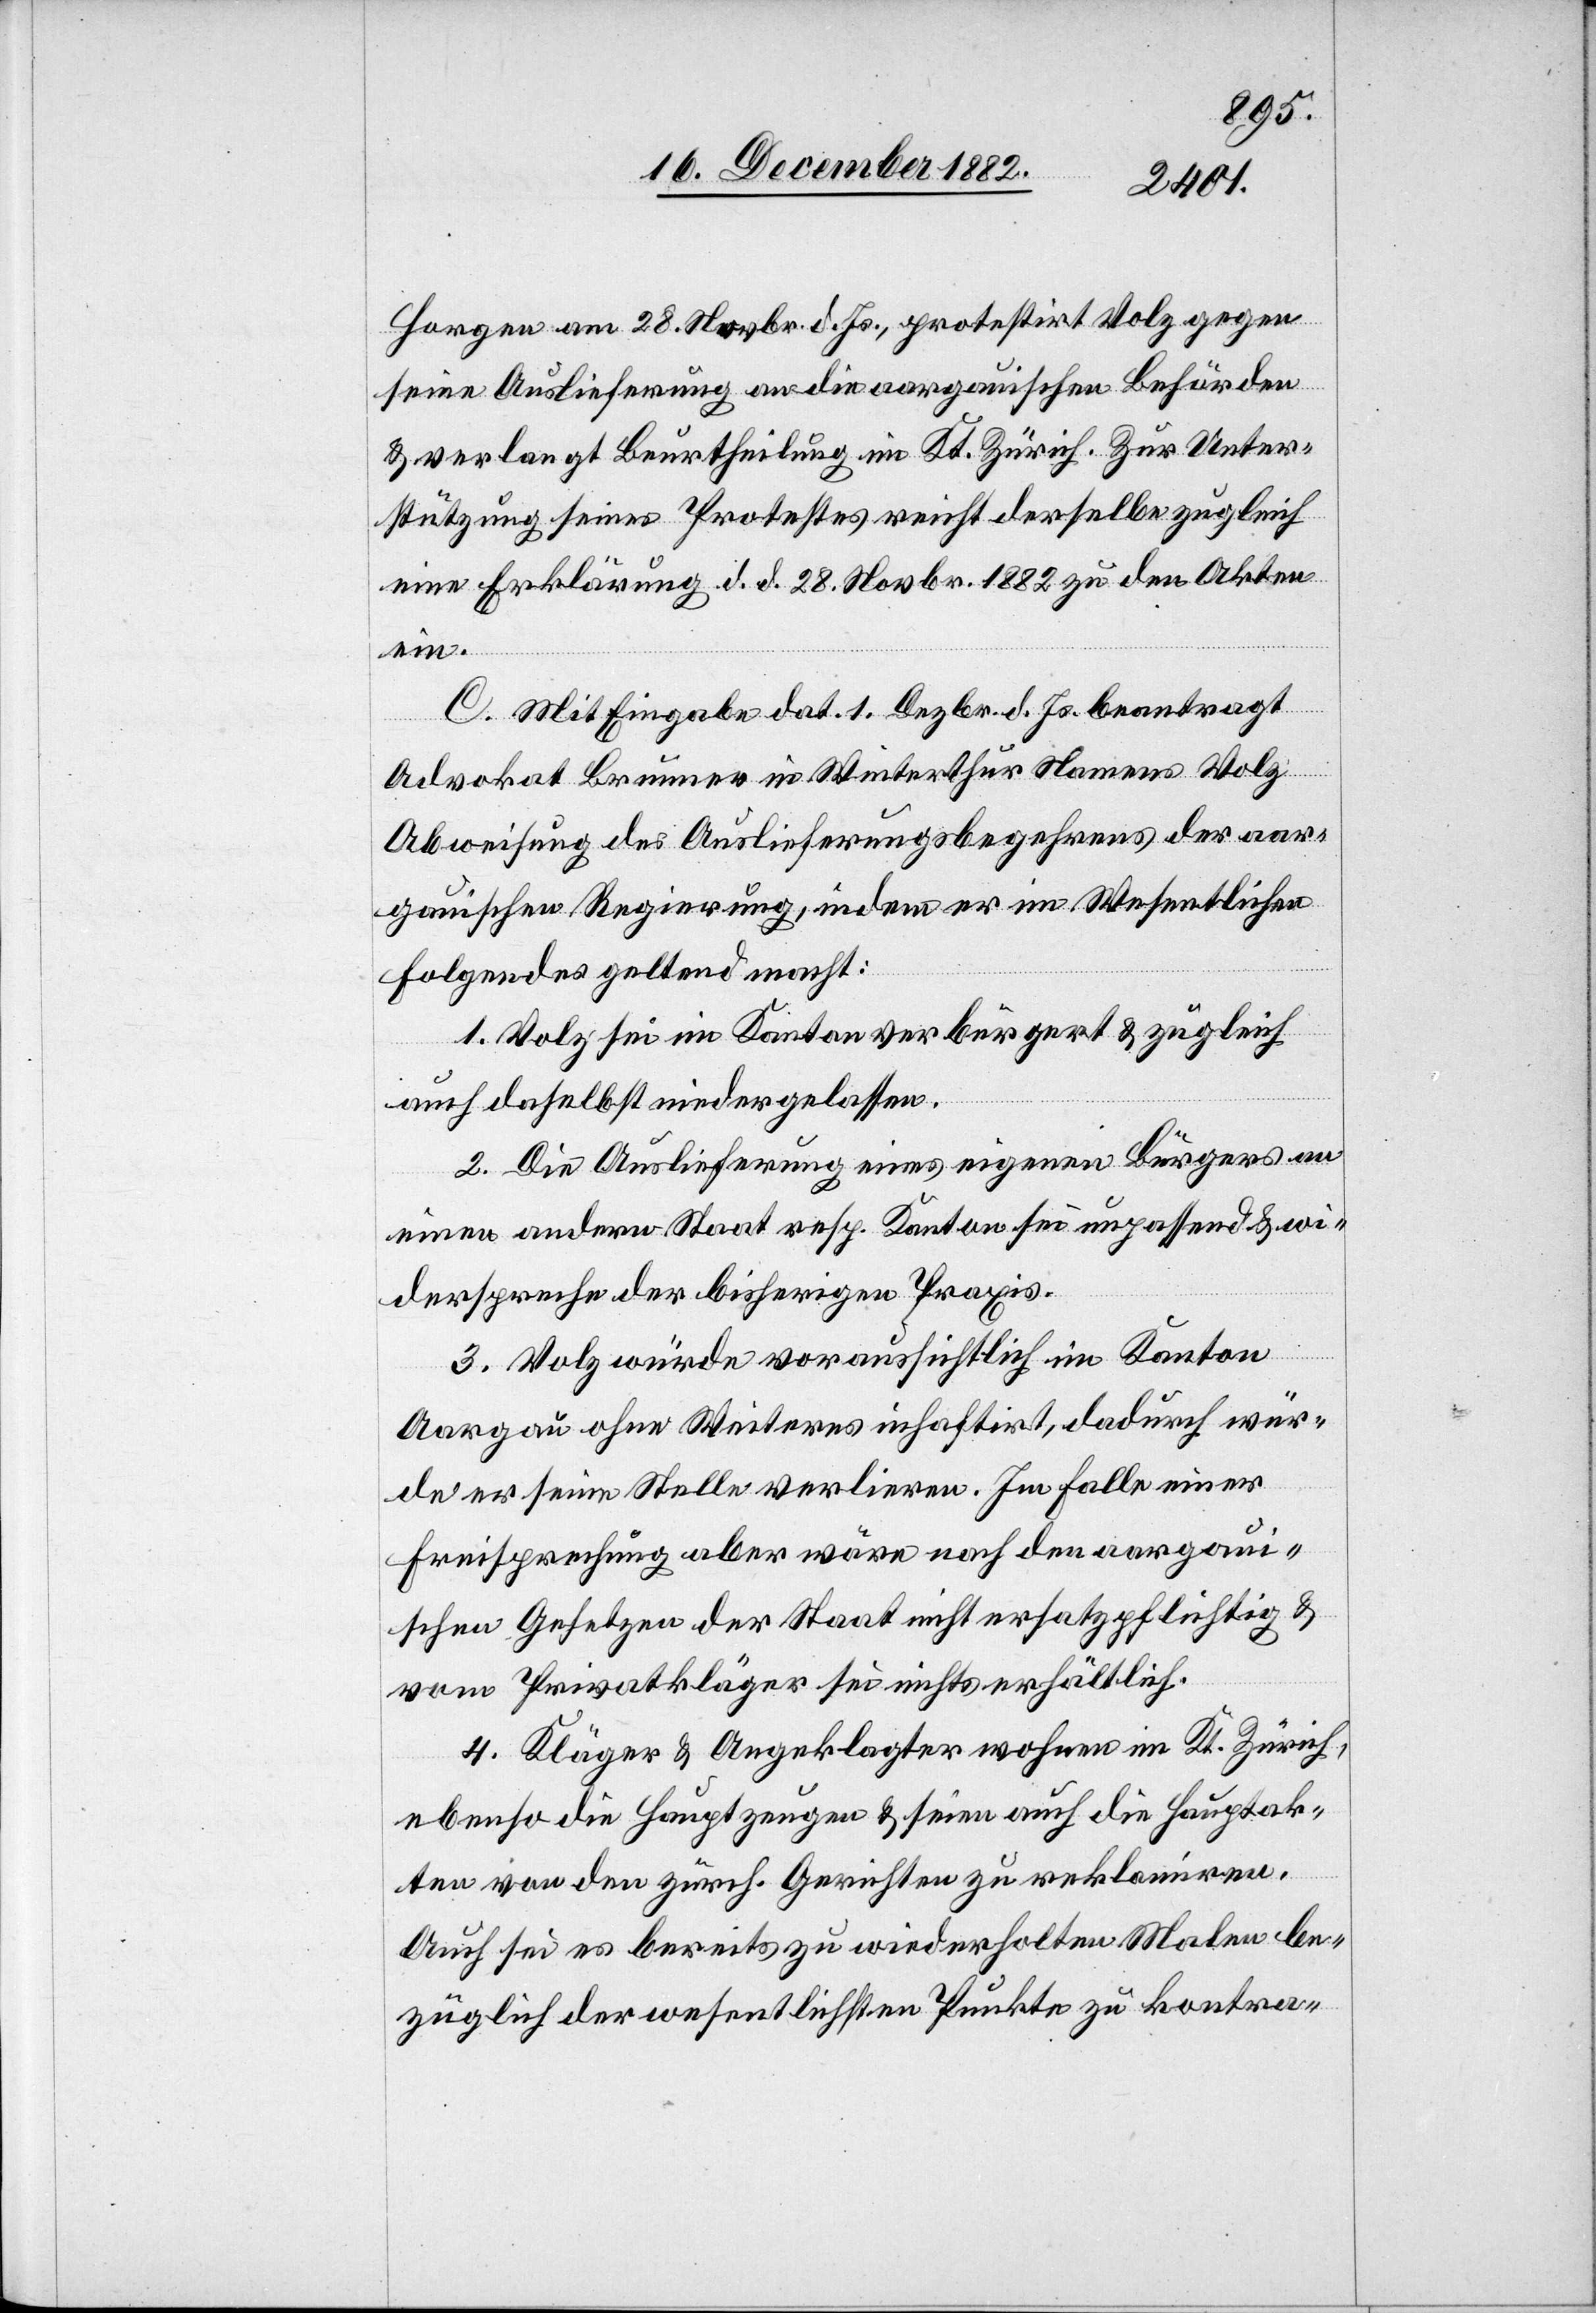
Horgen am 28. Novbr. d. Js., protestirt Volz gegen
seine Auslieferung an die aargauischen Behörden
& verlangt Beurtheilung im Kt. Zürich. Zur Unter¬
stützung seines Protestes reicht derselbe zugleich
eine Erklärung d. d. 28. Novbr. 1882 zu den Akten
ein.
C. Mit Eingabe dat. 1. Dezbr. d. Js. beantragt
Advokat Brunner in Winterthur Namens Volz
Abweisung des Auslieferungsbegehrens der aar¬
gauischen Regierung, indem er im Wesentlichen
Folgendes geltend macht:
1. Volz sei im Kanton verbürgert & zugleich
auch daselbst niedergelassen.
2. Die Auslieferung eines eigenen Bürgers an
einen andern Staats resp. Kanton sei unpassend & wi¬
derspreche der bisherigen Praxis.
3. Volz würde voraussichtlich im Kanton
Aargau ohne Weiteres inhaftiert, dadurch wür¬
de er seine Stelle verlieren. Im Falle einer
Freisprechung aber wäre nach den aargaui¬
schen Gesetzen der Staat nicht ersatzpflichtig &
vom Privatkläger sei nichts erhältlich.
4. Kläger & Angeklagter wohnen im Kt. Zürich,
ebenso die Hauptzeugen & seien auch die Hauptak¬
ten von den zürch. Gerichten zu reklamiren.
Auch sei es bereits zu wiederholten Malen be¬
züglich der wesentlichsten Punkte zu kontra-